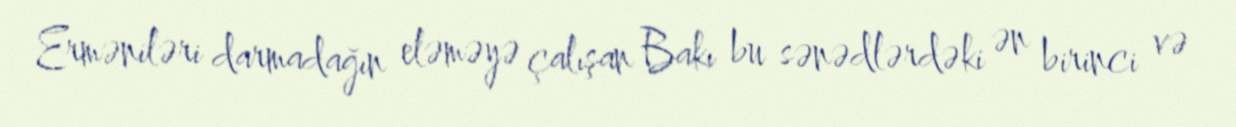
Erməniləri darmadağın eləməyə çalışan Bakı bu sənədlərdəki ən birinci və